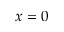
x = 0